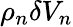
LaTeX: \rho_{n}\delta V_{n}